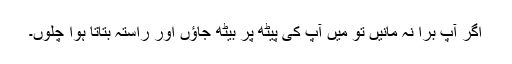
اگر آپ بُرا نہ مانیں تو میں آپ کی پیٹھ پر بیٹھ جاؤں اور راستہ بتاتا ہوا چلوں۔